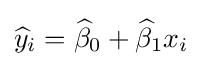
{\widehat {y}}_{i}={\widehat {\beta }}_{0}+{\widehat {\beta }}_{1}x_{i}